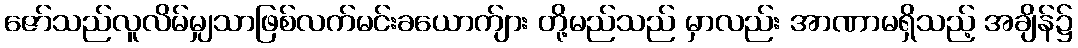
ဇော်သည်လူလိမ်မျှသာဖြစ်လက်မင်းခယောက်ျား တို့မည်သည် မှာလည်း အာဏာမရှိသည့် အချိန်၌